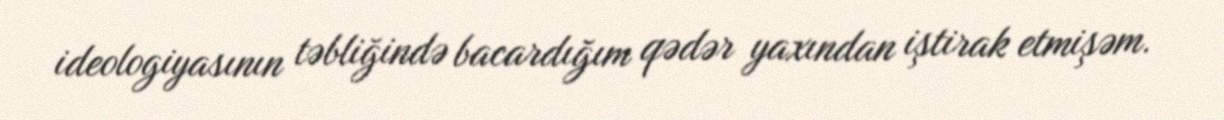
ideologiyasının təbliğində bacardığım qədər yaxından iştirak etmişəm.